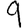
Digit: 9